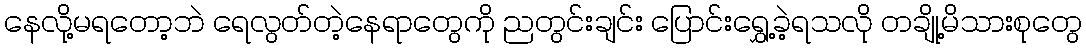
နေလို့မရတော့ဘဲ ရေလွတ်တဲ့နေရာတွေကို ညတွင်းချင်း ပြောင်းရွှေ့ခဲ့ရသလို တချို့မိသားစုတွေ